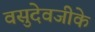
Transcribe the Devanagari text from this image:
वसुदेवजीके